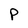
Character: P